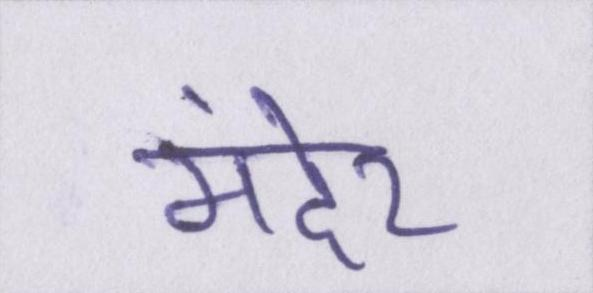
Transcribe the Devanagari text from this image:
मंदेर